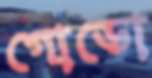
গোডো